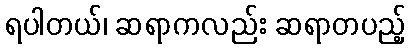
ရပါတယ်၊ ဆရာကလည်း ဆရာတပည့်